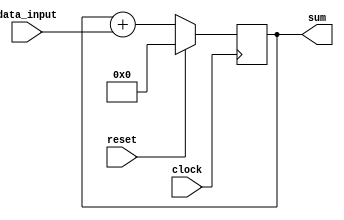
module accumulator(
    input signed [31:0] data_input,
    input clock,
    input reset,
    output reg signed [31:0] sum
);

always @(posedge clock) begin
    if(reset) begin
        sum <= 32'b0;
    end else begin
        sum <= sum + data_input;
    end
end

endmodule